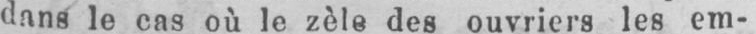
dans le cas où le zèle des ouvriers les em-